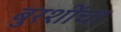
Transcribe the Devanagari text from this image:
बुरशींचा